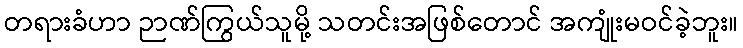
တရားခံဟာ ဉာဏ်ကြွယ်သူမို့ သတင်းအဖြစ်တောင် အကျုံးမဝင်ခဲ့ဘူး။